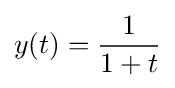
y(t)={\frac {1}{1+t}}